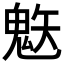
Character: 𲌨